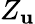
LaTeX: Z_{\mathbf{u}}